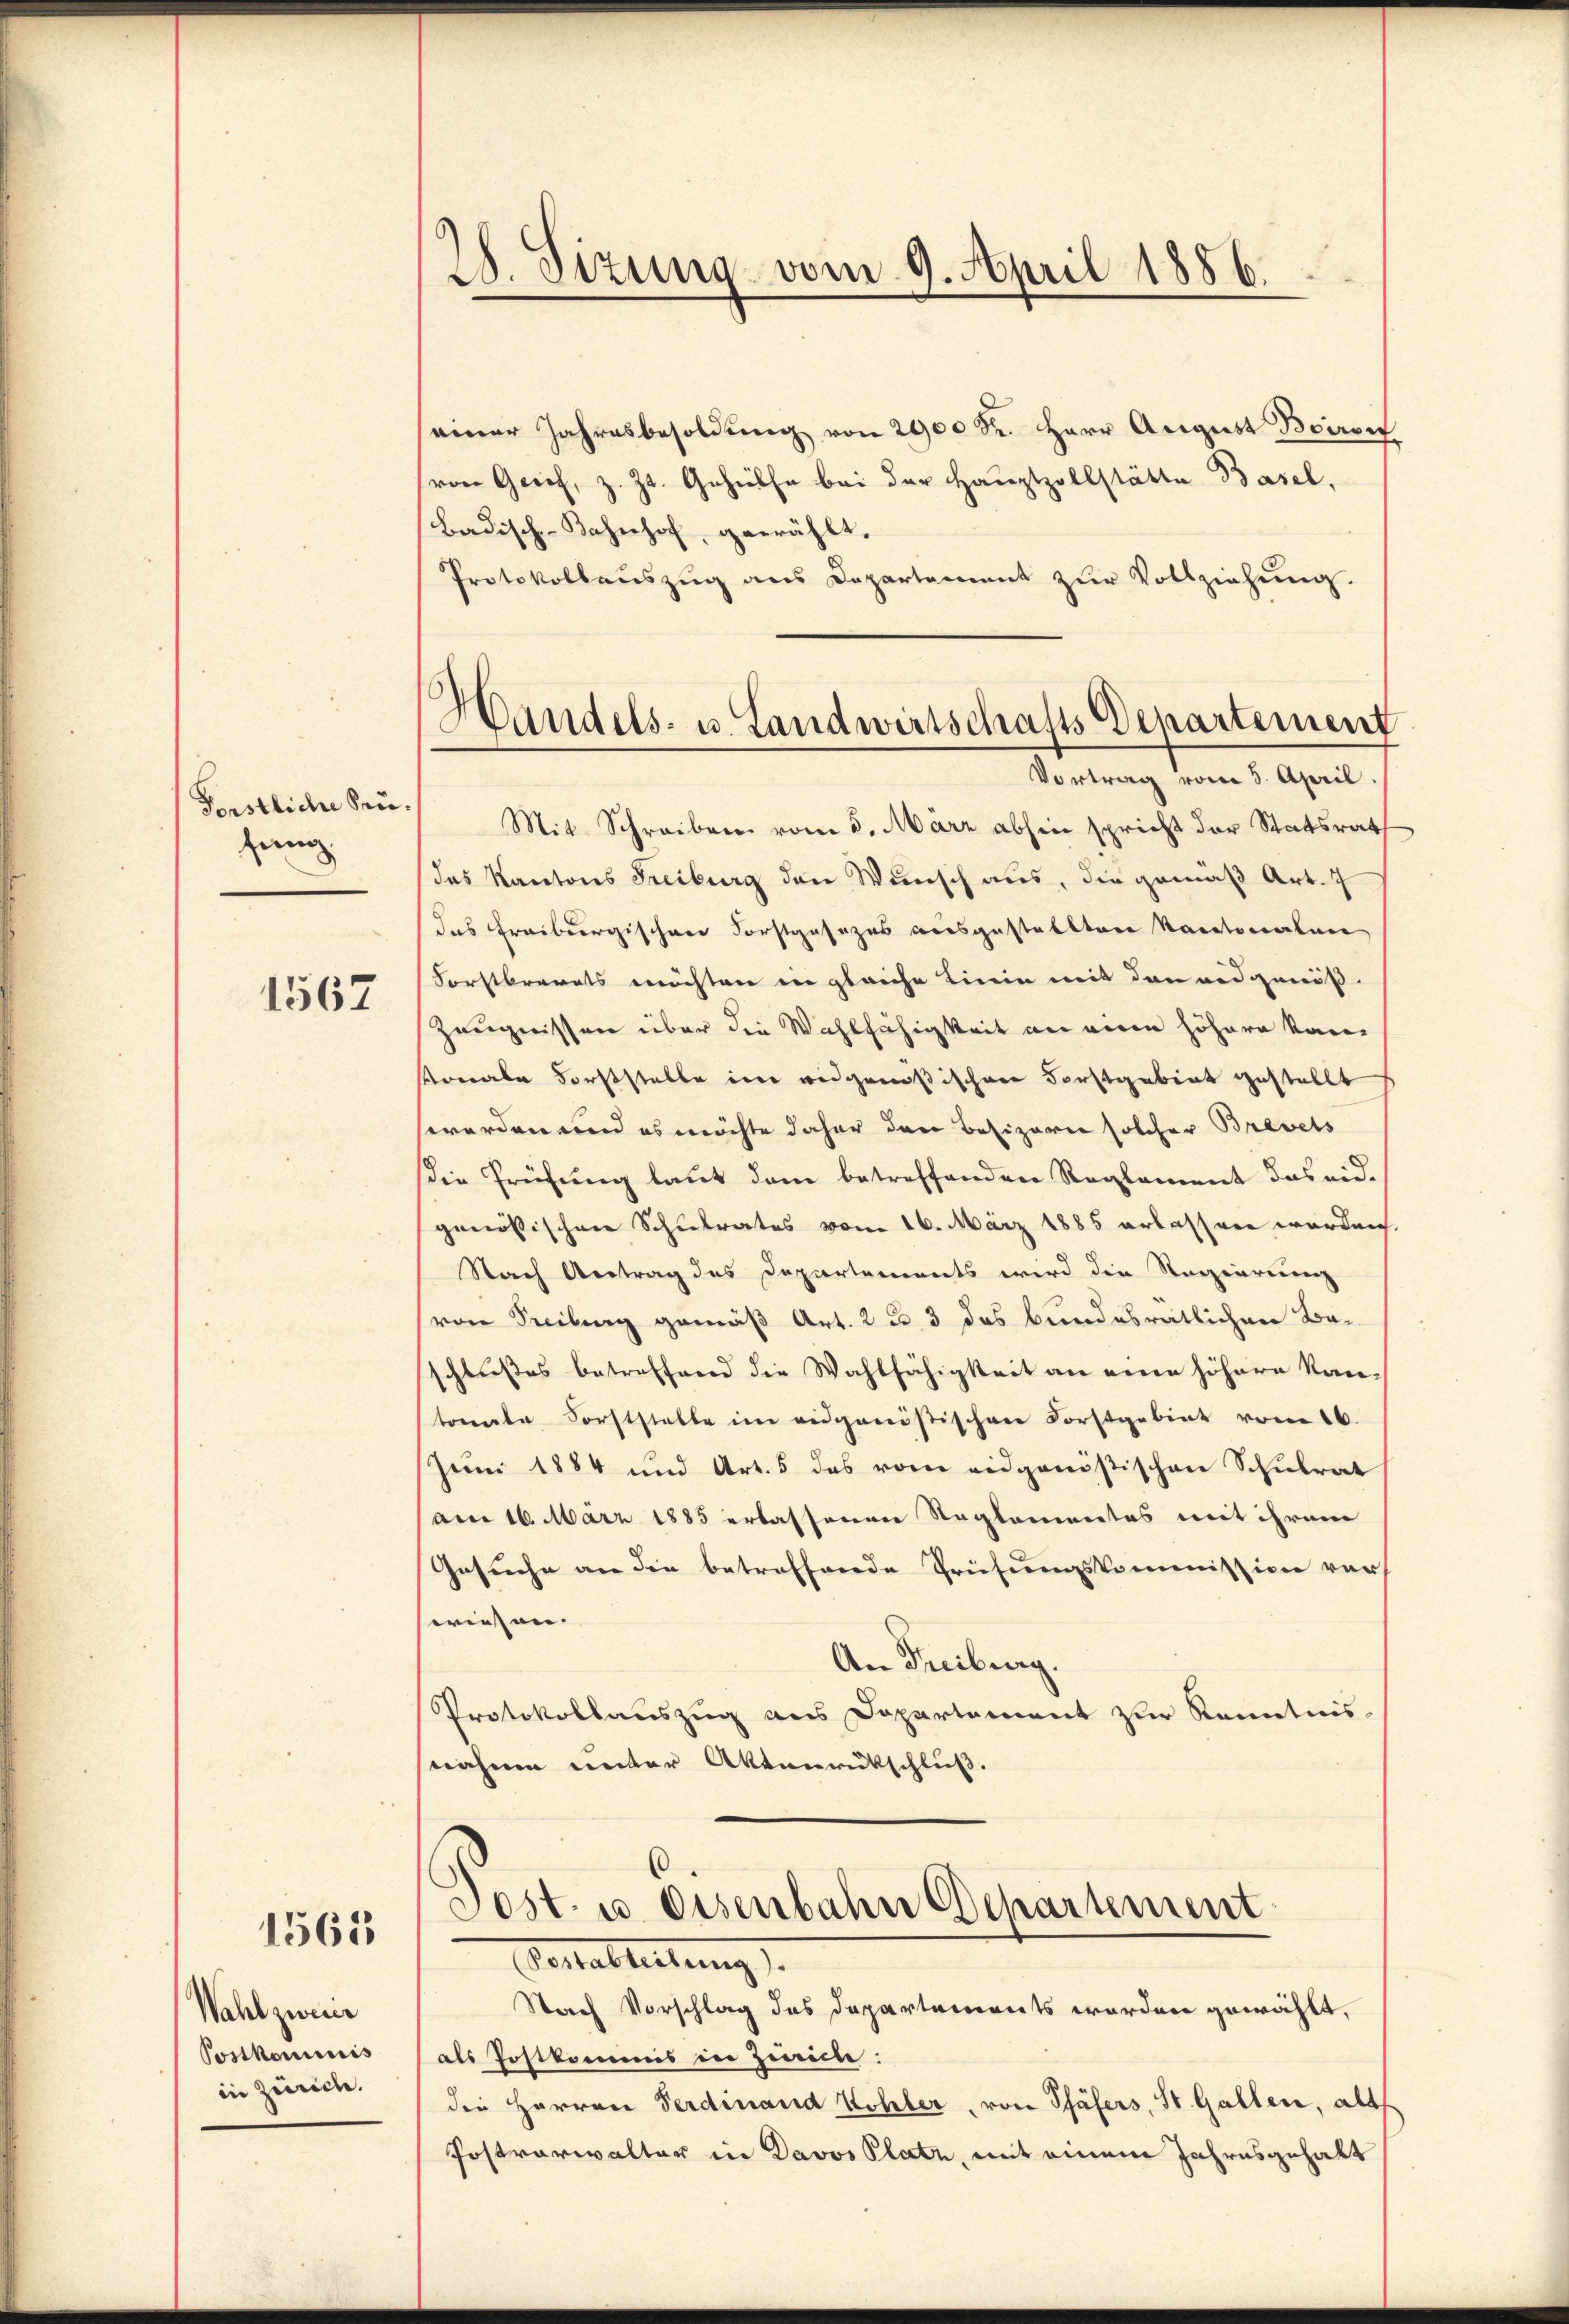
28. Sizung vom 9. April 1886.

einer Jahresbesoldung von 2900 Sr. Herr August Boiron
von Gries, z. Zt. Gehülfe bei der Hauptzollstätte Basel,
Badisch-Bahnhof, gewählt.
Protokollauszug aus Departement zur Vollziehung.

Handels- u. Landwirtschafts Departement
Vortrag vom 5. April.

Mit Schreiben vom 5. März abhin spricht der Statsrath
das Kantons Freiburg den Wunsch aus, die gemäß Art. 7
das Freiburgischen Forstgesezes ausgestellten Kantonalen
Forstberats möchten in gleiche Linie mit den andgenöß¬
Zeugnissen über die Wahlfähigkeit an eine höhere Kanvonale Forststelle im eidgenößischen Forstgebiet gestellt
werden und es möchte daher den Besizern solcher Brevets
die Prüfung laut dem betreffenden Reglement das eid.
genössischen Schulrates vom 16. März 1885 erlassen worden.
Nach Antrag des Departements wird die Regierenz
(von Freiburg gemäß Art. 2 u. 3 das bundesrätlichen Baschlußes betreffend die Wahlfähigkeit an eine höhere Kan-
tonale Forststelle im eidgenößischen Forstgebiet vom 16.
Juni 1884 und Art. 5 des vom eidgenößischen Schulrat
am 16. März 1885 erlassenen Reglementes mit ihrem
Gesuche an die betreffende Prüfungskommission vor
wiesen.
An Freiburg.
Protokollauszug aus Departement zur Kenntnis-
snahme unter Aktenrückschluß.

Forstliche Prülung

1567

Post- u. Eisenbahn Departement
Sontableitung
Storch Vorschlag des Departements worden gewählt,

1565

Wahl zwei
Postkominis
in Zürich.

als Postkommis in Zürich:
die Herren Ferdinand Wohler, von Phäfers, St. Gallen, alt
Postverwalter in Davos Platz, mit einem Jahresgehalt